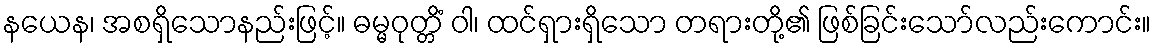
နယေန၊ အစရှိသောနည်းဖြင့်။ ဓမ္မဝုတ္တိံ ဝါ၊ ထင်ရှားရှိသော တရားတို့၏ ဖြစ်ခြင်းသော်လည်းကောင်း။